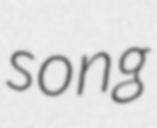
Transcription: song